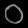
Digit: ၀